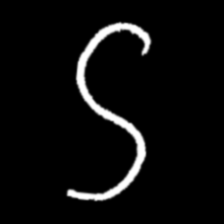
Pyu character \u2014 Myanmar letter: ဌ (romanized: ttha)